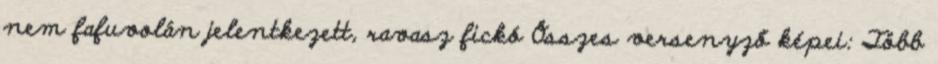
nem fafuvolán jelentkezett, ravasz fickó Összes versenyző képei: Több